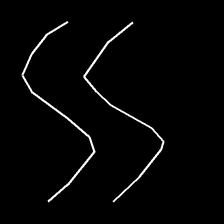
Glyph: float